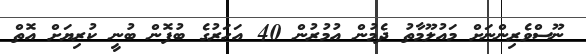
ނޫސްވެރިންނަށް މައުލޫމާތު ދެމުން އުމުރުން 40 އަހަރުގެ ބުފޮން ބުނީ ކުރިޔަށް އޮތް